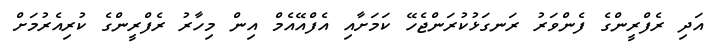
އަދި ރެފްރީންގެ ފެންވަރު ރަނގަޅުކުރަންޖެހޭ ކަމަށާއި އެފްއޭއެމް އިން މިހާރު ރެފްރީންގެ ކުރިއެރުމަށް